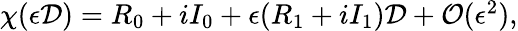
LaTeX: \begin{array}{r}{\chi(\epsilon\mathcal{D})=R_{0}+iI_{0}+\epsilon(R_{1}+iI_{1})\mathcal{D}+\mathcal{O}(\epsilon^{2}),}\end{array}